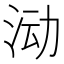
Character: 𱦅